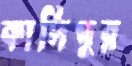
কাদিপুর